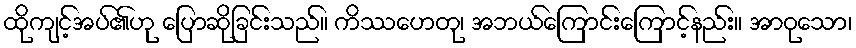
ထိုကျင့်အပ်၏ဟု ပြောဆိုခြင်းသည်။ ကိဿဟေတု၊ အဘယ်ကြောင်းကြောင့်နည်း။ အာဝုသော၊